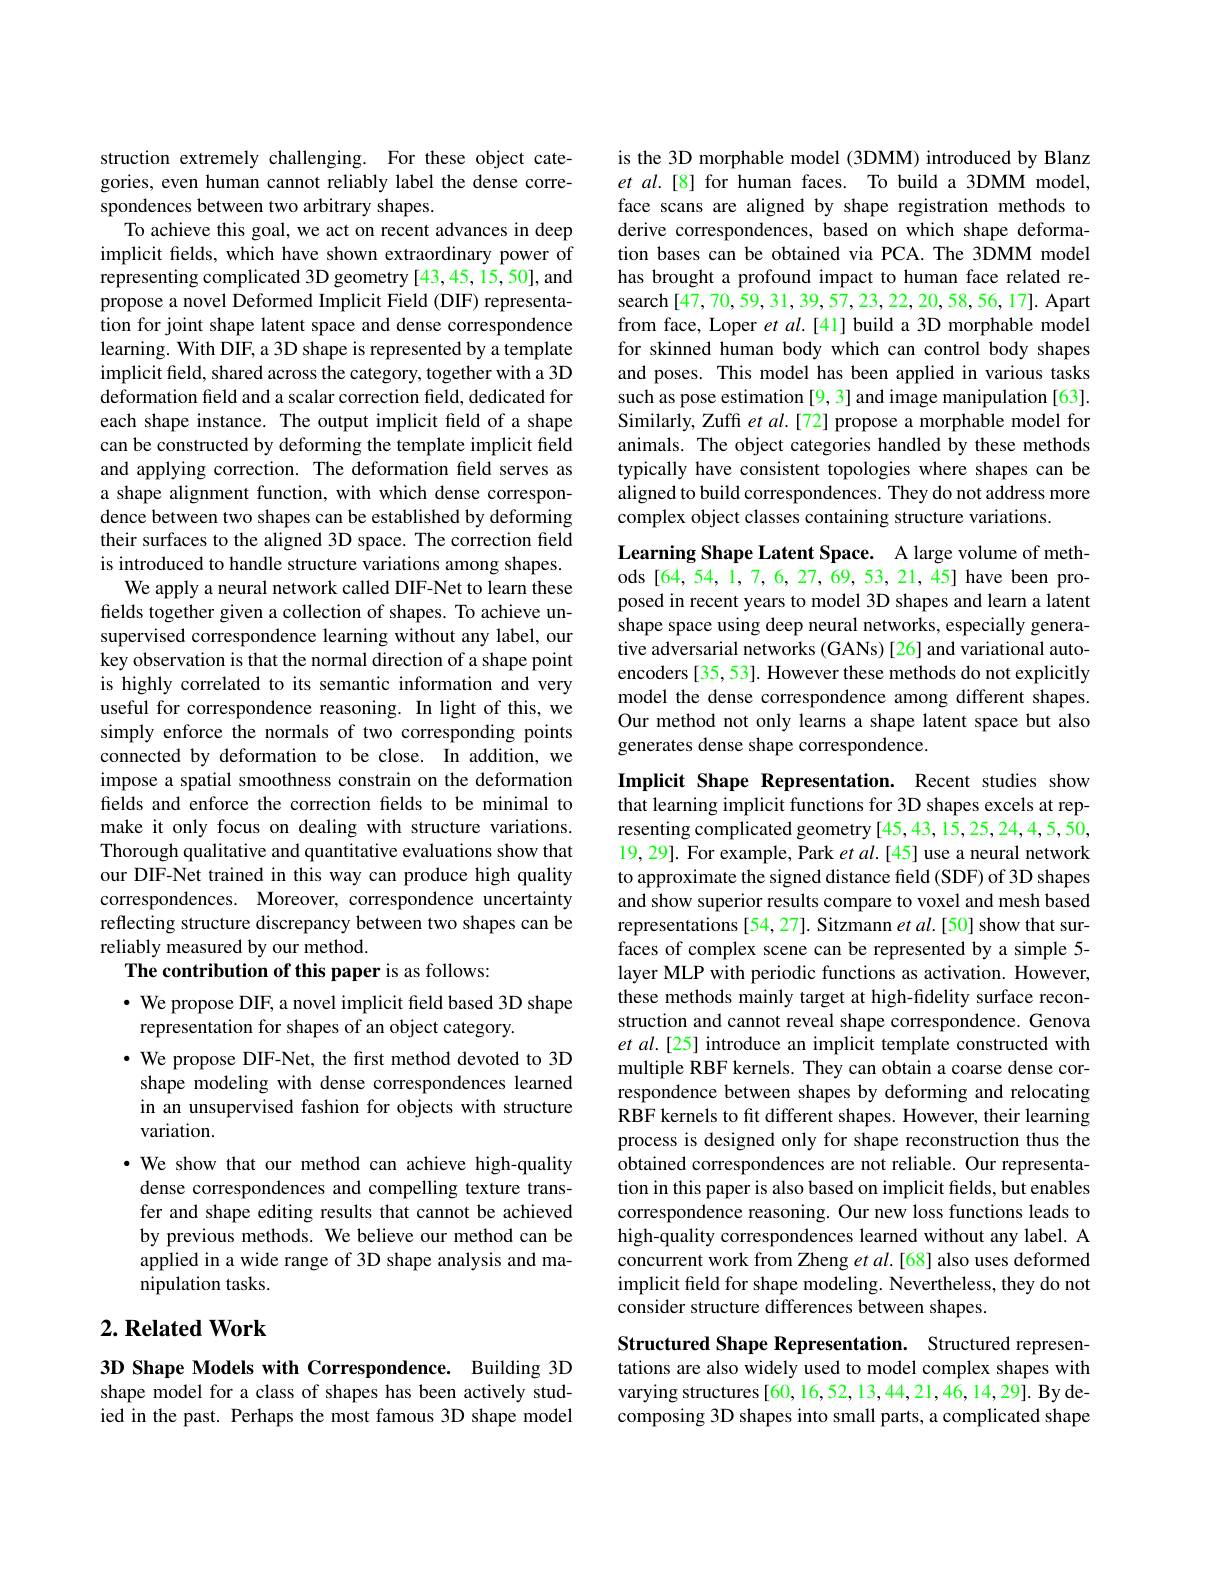
struction extremely challenging. For these object categories, even human cannot reliably label the dense correspondences between two arbitrary shapes.
To achieve this goal, we act on recent advances in deep implicit felds, which have shown extraordinary power of representing complicated 3D geometry [43,45,15,50], and propose a novel Deformed Implicit Field (DIF) representation for joint shape latent space and dense correspondence learning. With DIF, a 3D shape is represented by a template implicit feld, shared across the category, together with a 3D deformation field and a scalar correction field, dedicated for each shape instance. The output implicit field of a shape can be constructed by deforming the template implicit field and applying correction. The deformation field serves as a shape alignment function, with which dense correspondence between two shapes can be established by deforming their surfaces to the aligned 3D space. The correction field is introduced to handle structure variations among shapes.
We apply a neural network called DIF-Net to learn these fields together given a collection of shapes. To achieve unsupervised correspondence learning without any label, our key observation is that the normal direction of a shape point is highly correlated to its semantic information and very useful for correspondence reasoning. In light of this, we simply enforce the normals of two corresponding points connected by deformation to be close. In addition, we impose a spatial smoothness constrain on the deformation fields and enforce the correction fields to be minimal to make it only focus on dealing with structure variations. Thorough qualitative and quantitative evaluations show that our DIF-Net trained in this way can produce high quality correspondences. Moreover, correspondence uncertainty reflecting structure discrepancy between two shapes can be reliably measured by our method.
The contribution of this paper is as follows:

· We propose DIF, a novel implicit feld based 3D shape
representation for shapes of an object category.
$\cdot$ We propose DIF-Net, the first method devoted to 3D shape modeling with dense correspondences learned in an unsupervised fashion for objects with structure variation.
·We show that our method can achieve high-quality dense correspondences and compelling texture transfer and shape editing results that cannot be achieved by previous methods. We believe our method can be applied in a wide range of 3D shape analysis and manipulation tasks.

## $2. \textbf{ Related Work}$

3D Shape Models with Correspondence. Building 3D shape model for a class of shapes has been actively studied in the past. Perhaps the most famous 3D shape model

is the 3D morphable model (3DMM) introduced by Blanz et al.[8] for human faces. To build a 3DMM model, face scans are aligned by shape registration methods to derive correspondences, based on which shape deformation bases can be obtained via PCA. The 3DMM model has brought a profound impact to human face related research [47,70,59,31,39,57,23,22,20,58,56,17]. Apart from face, Loper $et\textit{al. [ 41] build a 3D morphable model}$ for skinned human body which can control body shapes and poses. This model has been applied in various tasks such as pose estimation [9, 3] and image manipulation [63]. Similarly, Zuffi et $al.[72]$ propose a morphable model for animals. The object categories handled by these methods typically have consistent topologies where shapes can be aligned to build correspondences. They do not address more complex object classes containing structure variations.

Learning Shape Latent Space. A large volume of methods[64,54,1,7,6,27,69,53,21,45] have been proposed in recent years to model 3D shapes and learn a latent shape space using deep neural networks, especially generative adversarial networks (GANs) [26] and variational autoencoders [35, 53]. However these methods do not explicitly model the dense correspondence among different shapes. Our method not only learns a shape latent space but also generates dense shape correspondence.

Implicit Shape Representation. Recent studies show that learning implicit functions for 3D shapes excels at representing complicated geometry [45,43,15,25,24,4,5,50, 19, 29]. For example, Park $et$ al.[45] use a neural network to approximate the signed distance field (SDF) of 3D shapes and show superior results compare to voxel and mesh based representations [54,27]. Sitzmann et al.[50] show that surfaces of complex scene can be represented by a simple 5- layer MLP with periodic functions as activation. However, these methods mainly target at high-fidelity surface reconstruction and cannot reveal shape correspondence. Genova et al.[25] introduce an implicit template constructed with multiple RBF kernels. They can obtain a coarse dense correspondence between shapes by deforming and relocating RBF kernels to fit different shapes. However, their learning process is designed only for shape reconstruction thus the obtained correspondences are not reliable. Our representation in this paper is also based on implicit fields, but enables correspondence reasoning. Our new loss functions leads to high-quality correspondences learned without any label. A concurrent work from Zheng et al.[68] also uses deformed implicit feld for shape modeling. Nevertheless, they do not consider structure differences between shapes.
Structured Shape Representation. Structured represen-

tations are also widely used to model complex shapes with varying structures [60, 16,52, 13,44, 21, 46, 14, 29]. By decomposing 3D shapes into small parts, a complicated shape